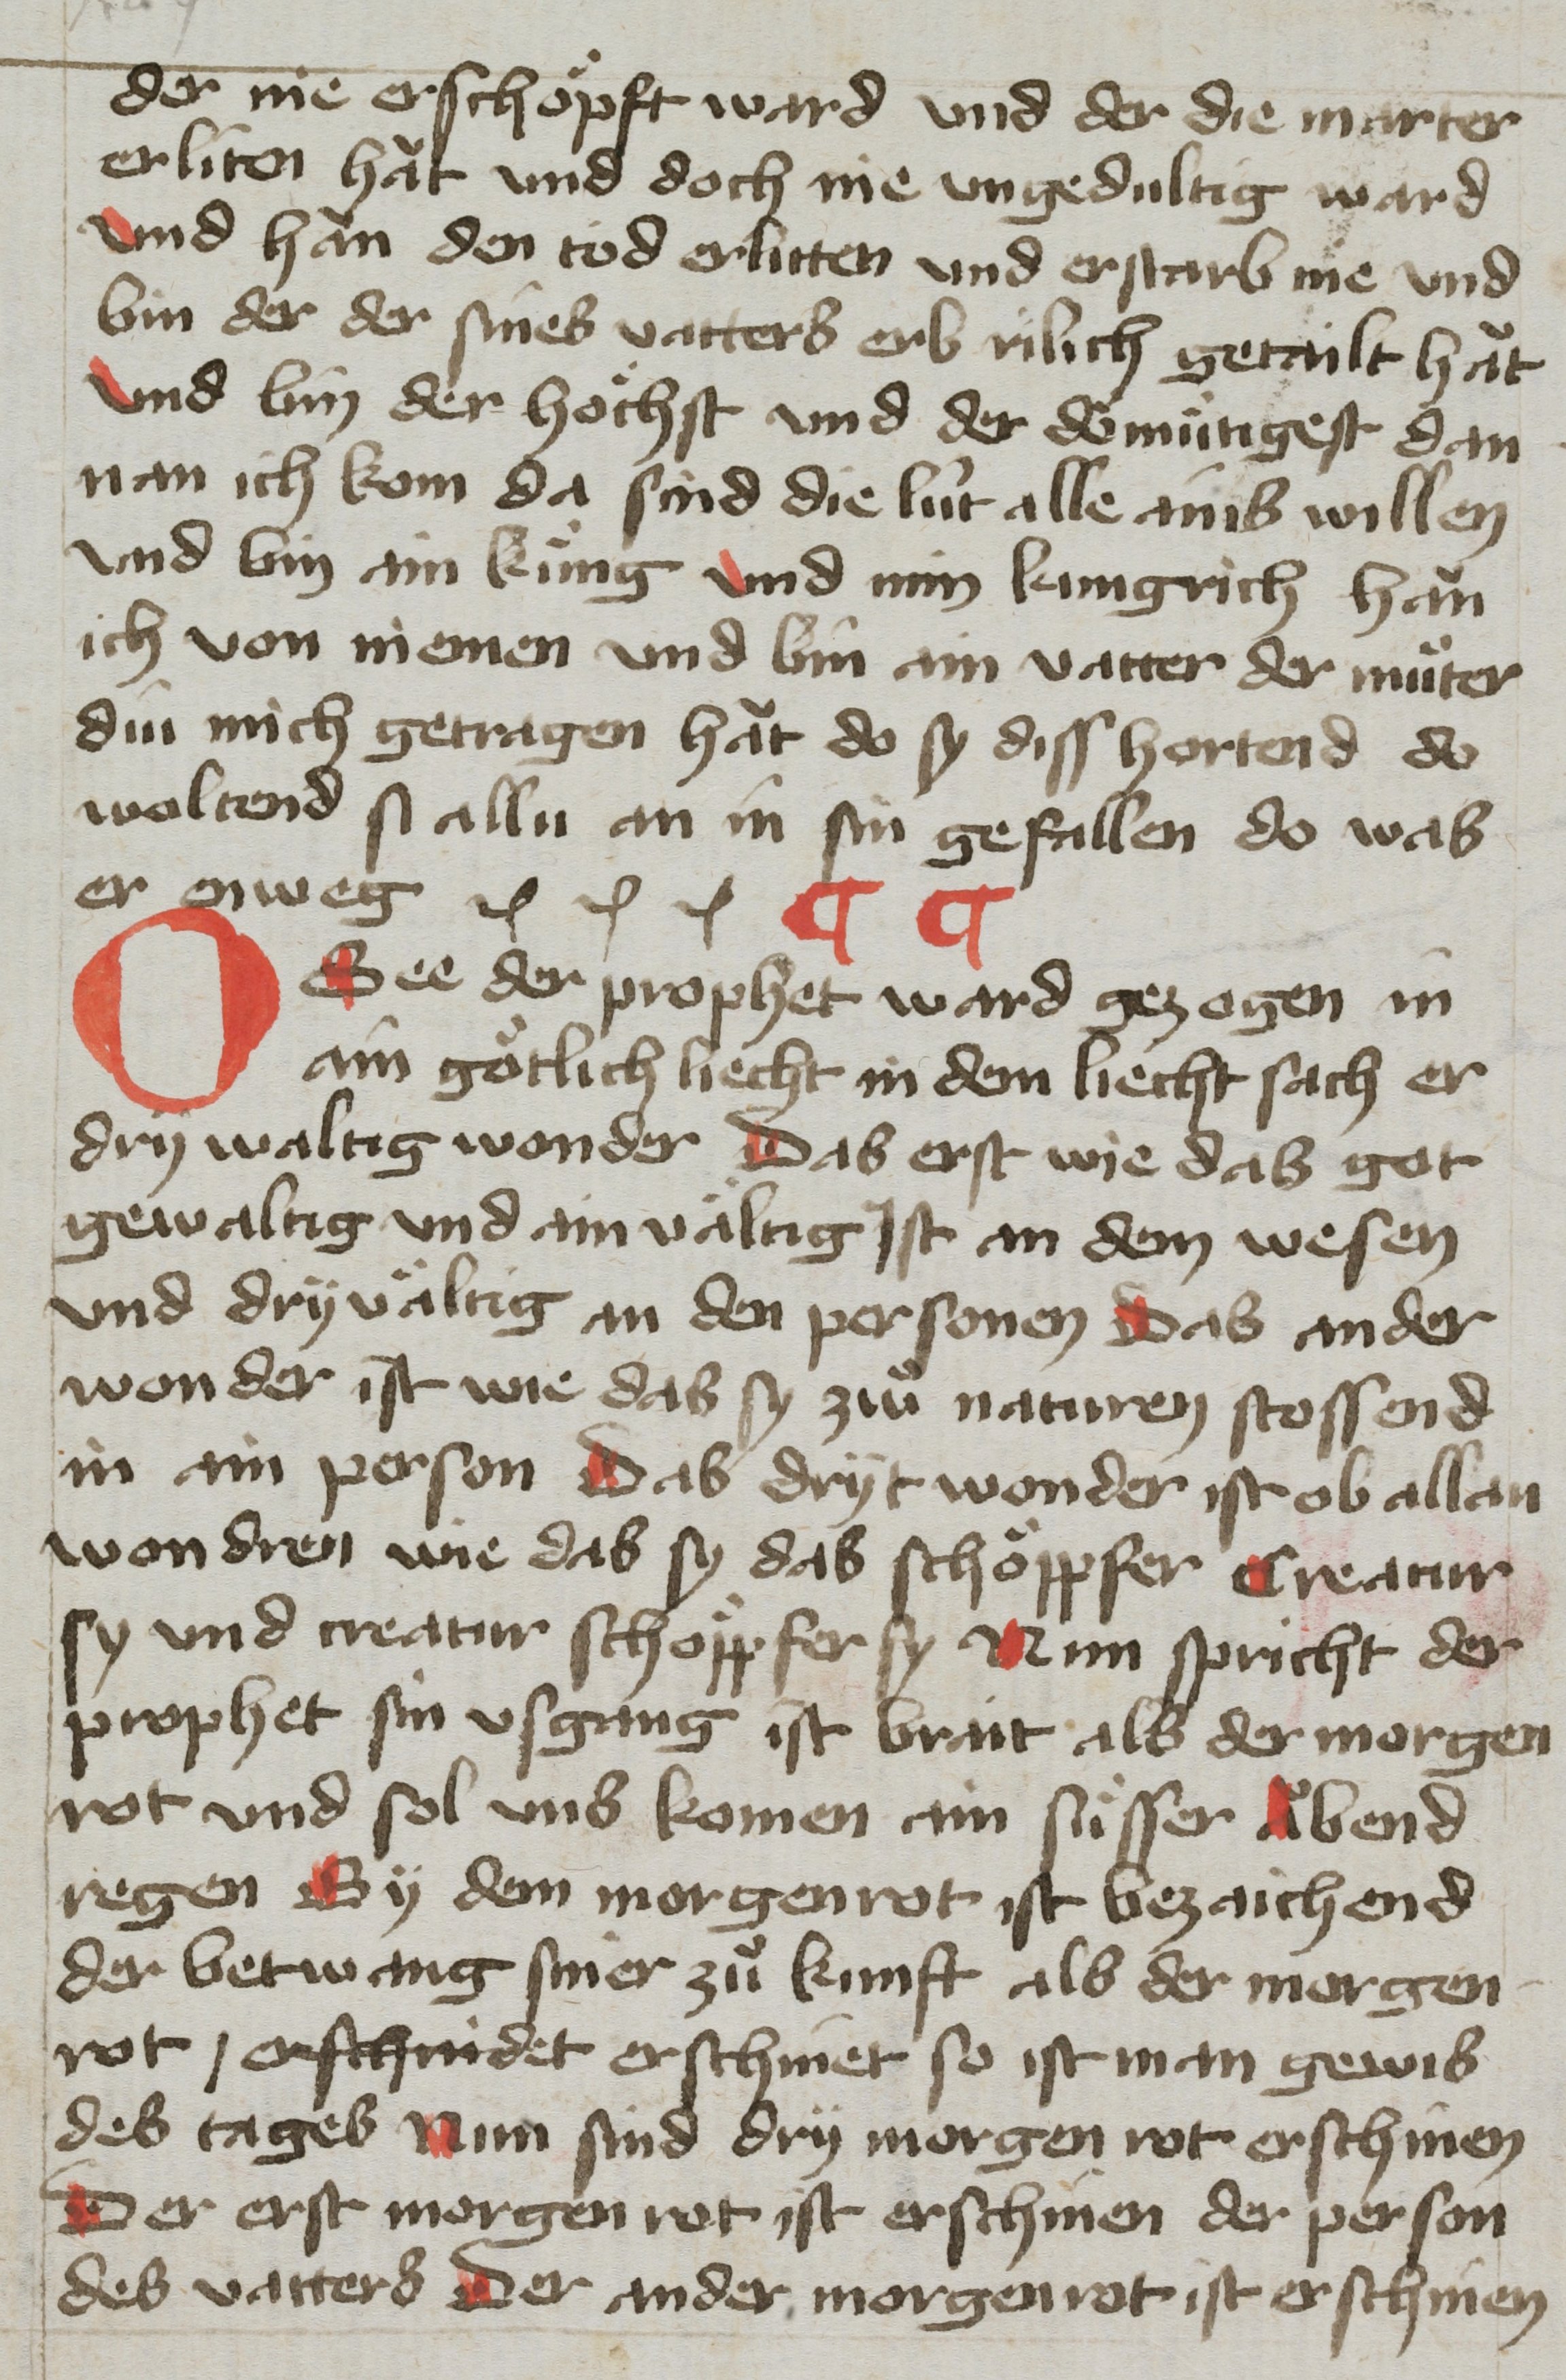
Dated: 1400–1499